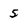
Character: 5